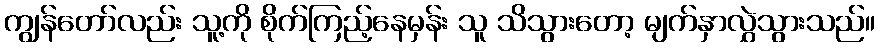
ကျွန်တော်လည်း သူ့ကို စိုက်ကြည့်နေမှန်း သူ သိသွားတော့ မျက်နှာလွှဲသွားသည်။